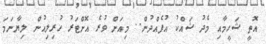
އޮތީ ޝަހީމާއި މެދު ޝައްކު އުފެއްދުން.. މިއަށް ވުރެ އޮށްޓަރު ހުރިލިއުން ލިޔާނަމަ